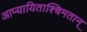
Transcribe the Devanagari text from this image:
आप्यायिताश्चिमतान्